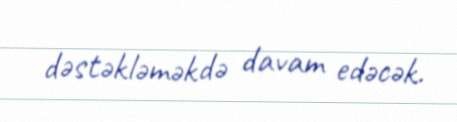
dəstəkləməkdə davam edəcək.